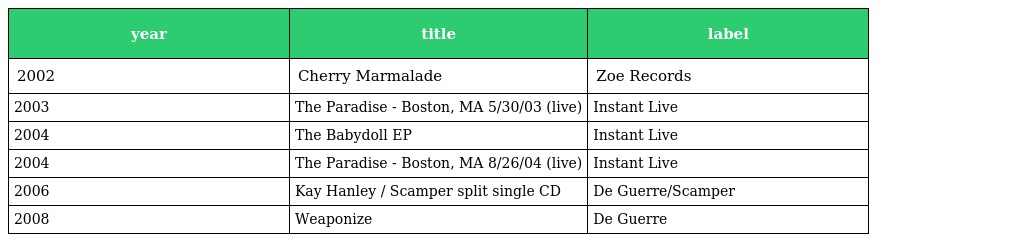
| year | title | label |
 | --- | --- | --- |
 | 2002 | Cherry Marmalade | Zoe Records |
 | 2003 | The Paradise - Boston, MA 5/30/03 (live) | Instant Live |
 | 2004 | The Babydoll EP | Instant Live |
 | 2004 | The Paradise - Boston, MA 8/26/04 (live) | Instant Live |
 | 2006 | Kay Hanley / Scamper split single CD | De Guerre/Scamper |
 | 2008 | Weaponize | De Guerre |